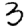
Digit: 3